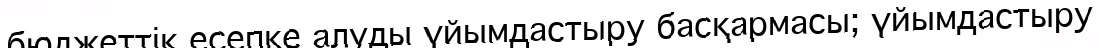
бюджеттік есепке алуды үйымдастыру басқармасы; үйымдастыру